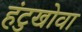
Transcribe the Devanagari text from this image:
हंटुखोवा